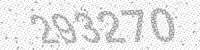
Solution: 293270